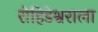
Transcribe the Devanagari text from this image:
रोहिडेश्वराला